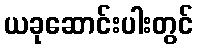
ယခုဆောင်းပါးတွင်